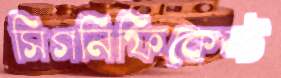
সিগনিফিকেন্ট